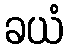
ခယံ